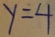
y = 4